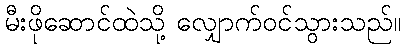
မီးဖိုဆောင်ထဲသို့ လျှောက်ဝင်သွားသည်။